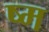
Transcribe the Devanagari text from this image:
ष्म